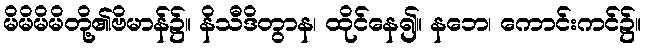
မိမိမိမိတို့၏ဗိမာန်၌။ နိသီဒိတွာန၊ ထိုင်နေ၍။ နဘေ၊ ကောင်းကင်၌။